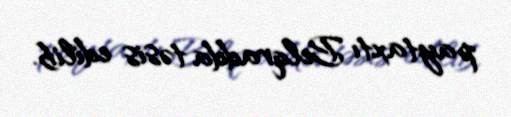
paytaxtı Belqradda təsis edilib.